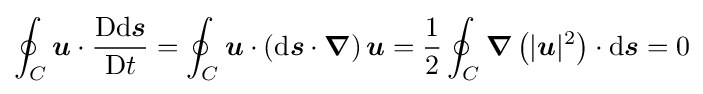
\oint _{C}{\boldsymbol {u}}\cdot {\frac {\mathrm {D} \mathrm {d} {\boldsymbol {s}}}{\mathrm {D} t}}=\oint _{C}{\boldsymbol {u}}\cdot \left(\mathrm {d} {\boldsymbol {s}}\cdot {\boldsymbol {\nabla }}\right){\boldsymbol {u}}={\frac {1}{2}}\oint _{C}{\boldsymbol {\nabla }}\left(|{\boldsymbol {u}}|^{2}\right)\cdot \mathrm {d} {\boldsymbol {s}}=0